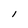
Character: l